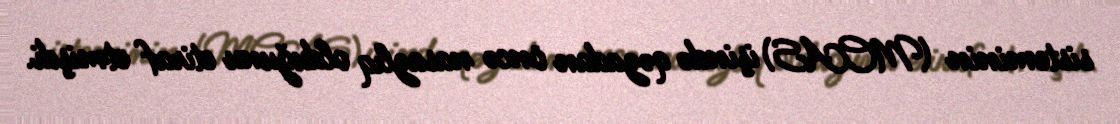
sisteminin (MCAS) işində qəzadan öncə nasazlıq olduğunu etiraf etmişdi.